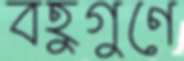
বহুগুণে